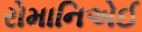
રોમાનિએઈ